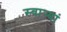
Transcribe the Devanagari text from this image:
स्वार्‍यां